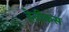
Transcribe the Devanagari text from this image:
हेन्रीकस